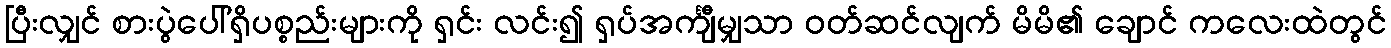
ပြီးလျှင် စားပွဲပေါ်ရှိပစ္စည်းများကို ရှင်း လင်း၍ ရှပ်အင်္ကျီမျှသာ ဝတ်ဆင်လျက် မိမိ၏ ချောင် ကလေးထဲတွင်